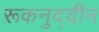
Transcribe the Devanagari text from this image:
रूकनुद्दीन